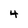
Character: 4